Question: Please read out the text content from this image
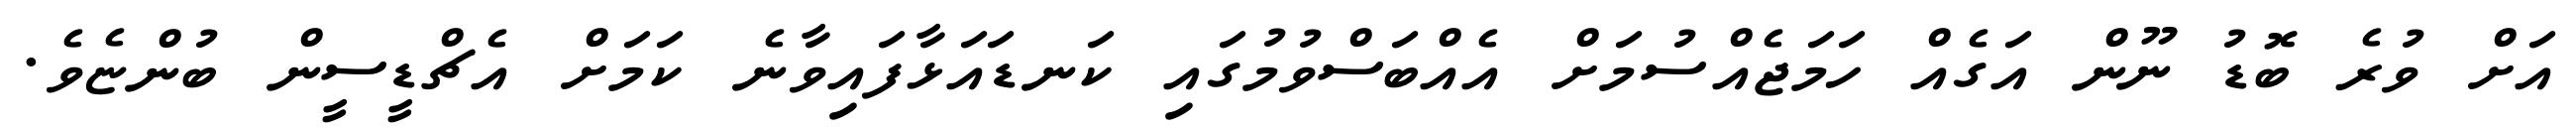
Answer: އަށް ވުރެ ބޮޑު ނޫން އަގެއް ހަމަޖެއްސުމަށް އެއްބަސްވުމުގައި ކަނޑައަޅާފައިވާނެ ކަމަށް އެޗްޑީސީން ބުންޏެވެ.